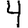
Digit: 4